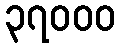
၃၇၀၀၀